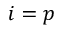
i = p